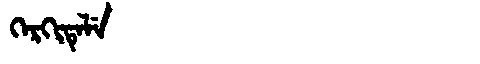
Manchu: ᡴᡝᡵᡴᡳᡨᡝᠯᡝ
Romanization: KERKITELE